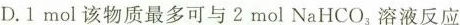
D.1 mol该物质最多可与2 mol